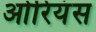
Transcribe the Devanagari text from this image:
ओरियंस